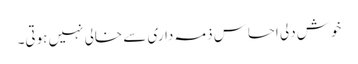
خوش دلی احساس ذمہ داری سے خالی نہیں ہوتی۔